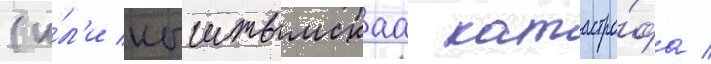
(и́л'и кыштымскаа катастро́фа /